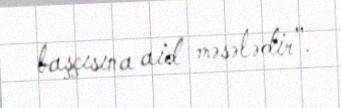
başçısına aid məsələdir”.